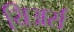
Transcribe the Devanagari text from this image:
यिअर्स